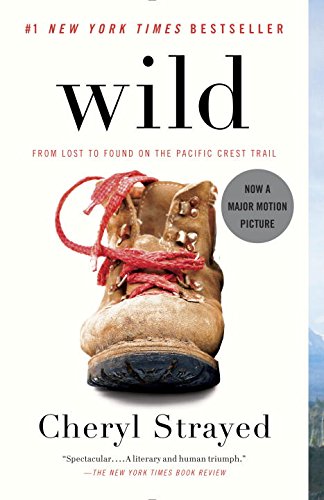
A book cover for Wild: From Lost to Found on the Pacific Crest Trail; Cheryl Strayed; Biographies & Memoirs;